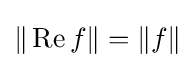
\|\operatorname {Re} f\|=\|f\|